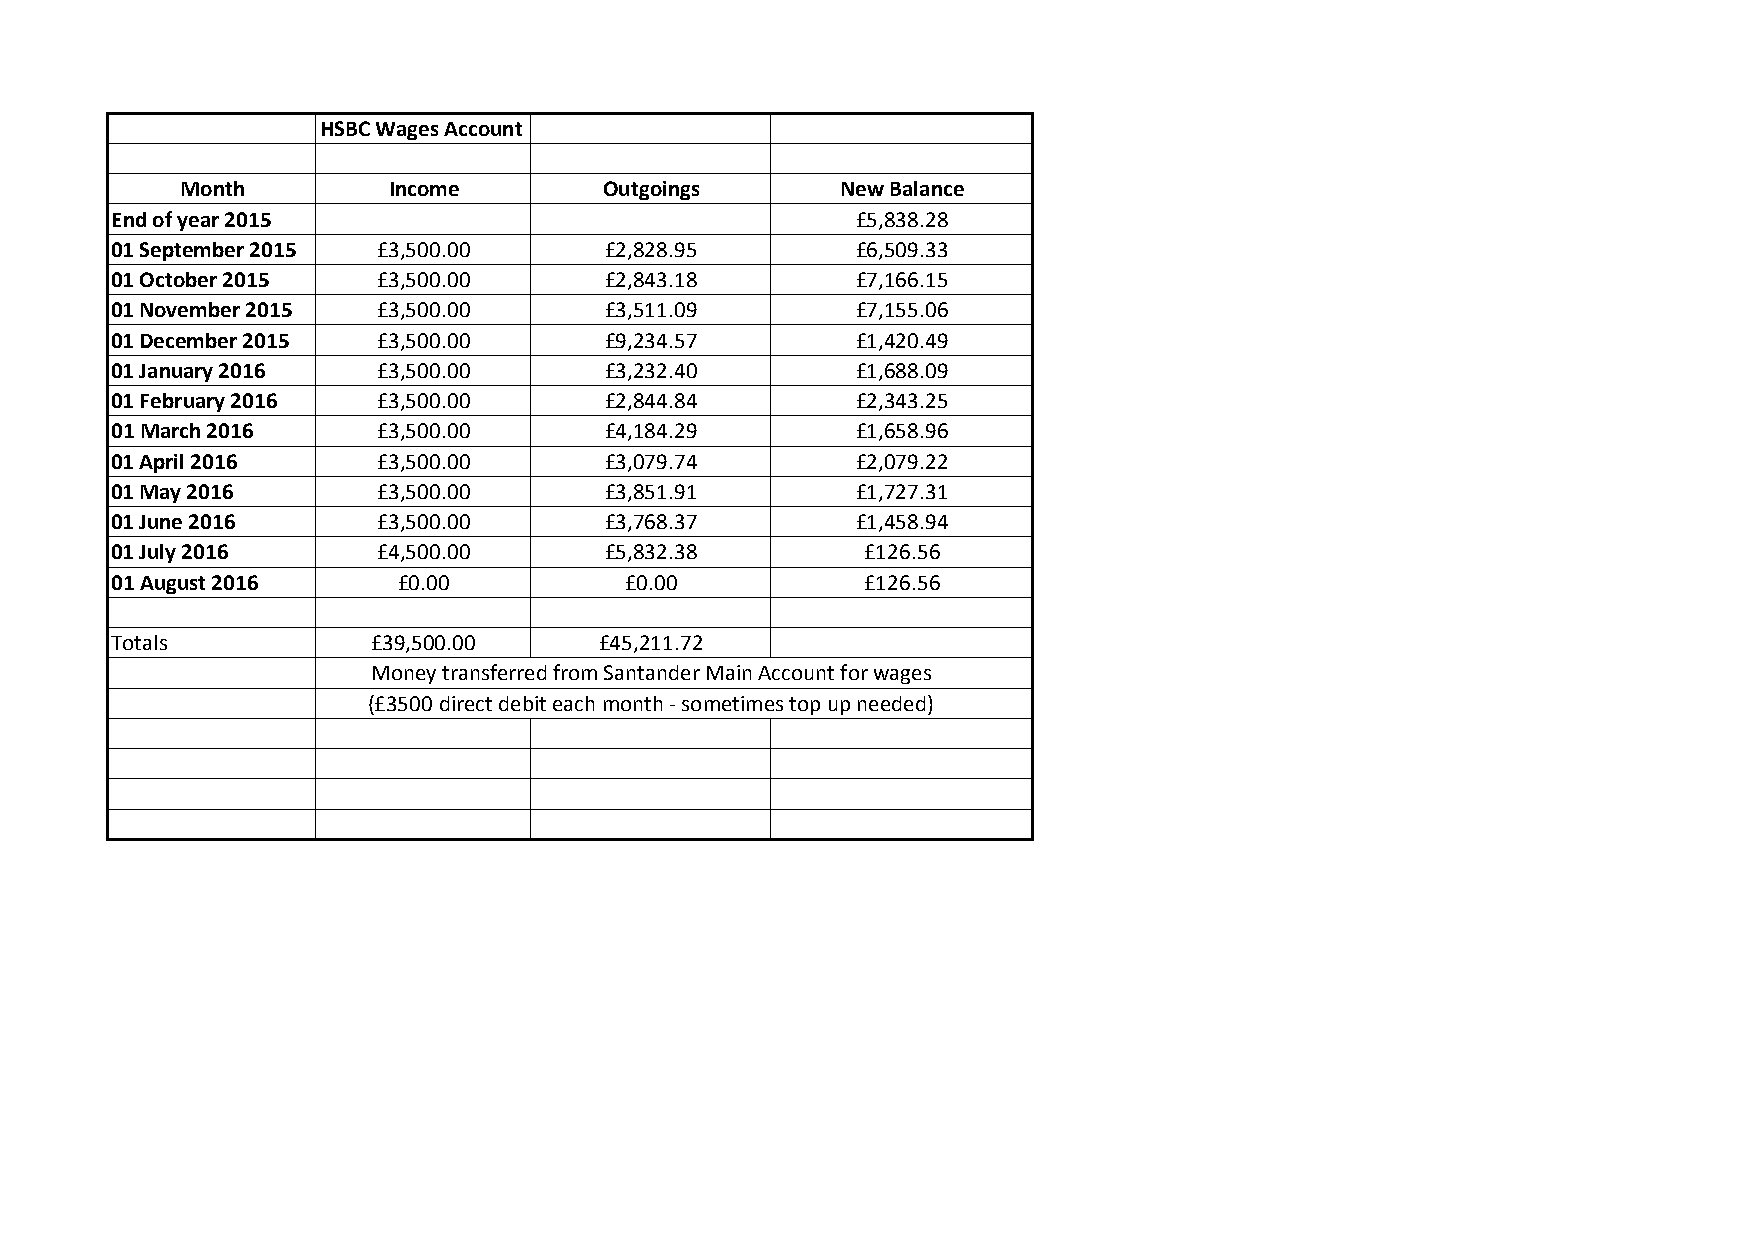
HSBC Wages Account
 Month         Income        Outgoings       New Balance
 End of year 2015                                  £5,838.28
 01 September 2015 £3,500.00      £2,828.95        £6,509.33
 01 October 2015   £3,500.00      £2,843.18        £7,166.15
 01 November 2015  £3,500.00      £3,511.09        £7,155.06
 01 December 2015  £3,500.00      £9,234.57        £1,420.49
 01 January 2016   £3,500.00      £3,232.40        £1,688.09
 01 February 2016  £3,500.00      £2,844.84        £2,343.25
 01 March 2016     £3,500.00      £4,184.29        £1,658.96
 01 April 2016     £3,500.00      £3,079.74        £2,079.22
 01 May 2016       £3,500.00      £3,851.91        £1,727.31
 01 June 2016      £3,500.00      £3,768.37        £1,458.94
 01 July 2016      £4,500.00      £5,832.38        £126.56
 01 August 2016     £0.00          £0.00           £126.56
 Totals            £39,500.00     £45,211.72
 Money transferred from Santander Main Account for wages
 (£3500 direct debit each month - sometimes top up needed)